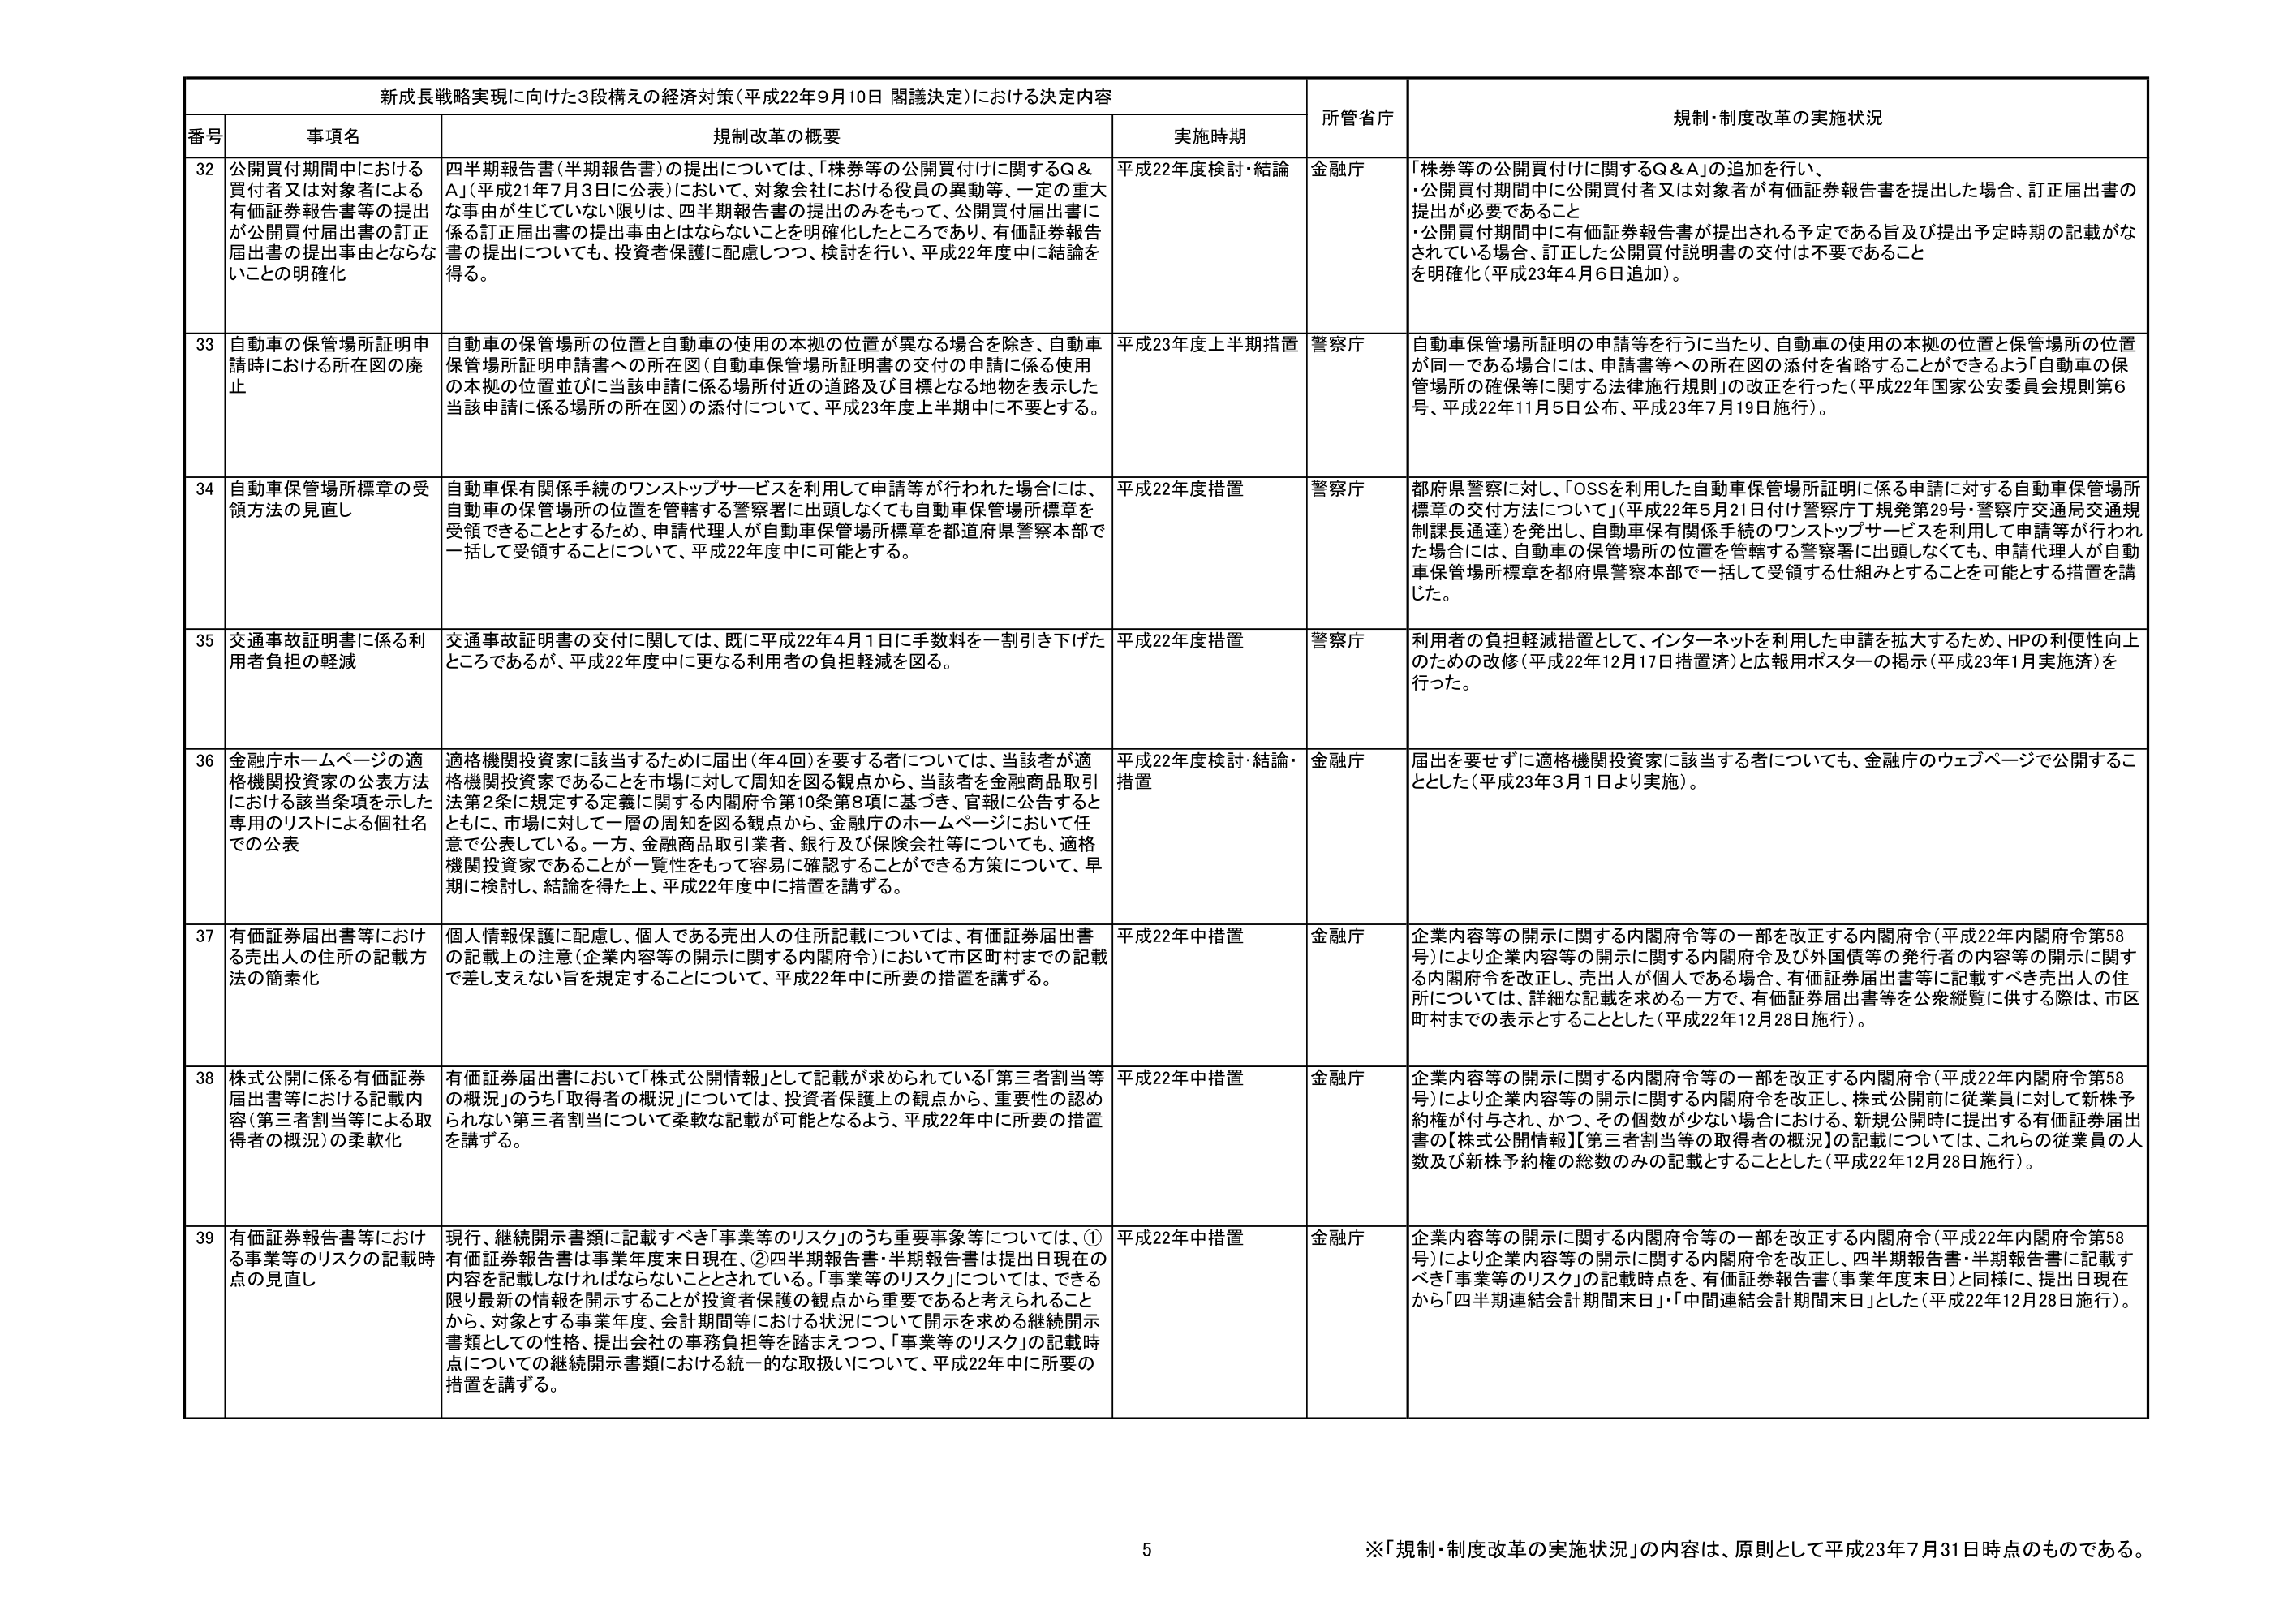
新成長戦略実現に向けた3段構えの経済対策（平成22年9月10日 閣議決定）における決定内容

番号 事項名 規制改革の概要 実施時期 所管省庁 規制・制度改革の実施状況

32 公開買付期間中における買付者又は対象者による有価証券報告書等の提出が公開買付届出書の訂正届出書の提出事由とならないことの明確化 四半期報告書（半期報告書）の提出については、「株券等の公開買付けに関するQ&A」（平成21年7月3日に公表）において、対象会社における役員の異動等、一定の重大な事由が生じていない限りは、四半期報告書の提出のみをもって、公開買付届出書に係る訂正届出書の提出事由とはならないことを明確化したところであり、有価証券報告書の提出についても、投資者保護に配慮しつつ、検討を行い、平成22年度中に結論を得る。 平成22年度検討・結論 金融庁 「株券等の公開買付けに関するQ&A」の追加を行い、・公開買付期間中に公開買付者又は対象者が有価証券報告書を提出した場合、訂正届出書の提出が必要であること・公開買付期間中に有価証券報告書が提出される予定である旨及び提出予定時期の記載がなされている場合、訂正した公開買付説明書の交付は不要であること を明確化（平成23年4月6日追加）。

33 自動車の保管場所証明申請時における所在図の廃止 自動車の保管場所の位置と自動車の使用の本拠の位置が異なる場合を除き、自動車保管場所証明申請書への所在図（自動車保管場所証明書の交付の申請に係る使用の本拠の位置並びに当該申請に係る場所付近の道路及び目標となる地物を表示した当該申請に係る場所の所在図）の添付について、平成23年度上半期中に不要とする。 平成23年度上半期措置 警察庁 自動車保管場所証明の申請等を行うに当たり、自動車の使用の本拠の位置と保管場所の位置が同一である場合には、申請書等への所在図の添付を省略することができるよう「自動車の保管場所の確保等に関する法律施行規則」の改正を行った（平成22年国家公安委員会規則第6号、平成22年11月5日公布、平成23年7月19日施行）。

34 自動車保管場所標章の受領方法の見直し 自動車保有関係手続のワンストップサービスを利用して申請等が行われた場合には、自動車の保管場所の位置を管轄する警察署に出頭しなくても自動車保管場所標章を受領できることとするため、申請代理人が自動車保管場所標章を都道府県警察本部で一括して受領することについて、平成22年度中に可能とする。 平成22年度措置 警察庁 都府県警察に対し、「OSSを利用した自動車保管場所証明に係る申請に対する自動車保管場所標章の交付方法について」（平成22年5月21日付け警察庁丁規発第29号・警察庁交通局交通規制課長通達）を発出し、自動車保有関係手続のワンストップサービスを利用して申請等が行われた場合には、自動車の保管場所の位置を管轄する警察署に出頭しなくても、申請代理人が自動車保管場所標章を都府県警察本部で一括して受領する仕組みとすることを可能とする措置を講じた。

35 交通事故証明書に係る利用者負担の軽減 交通事故証明書の交付に関しては、既に平成22年4月1日に手数料を一割引き下げたところであるが、平成22年度中に更なる利用者の負担軽減を図る。 平成22年度措置 警察庁 利用者の負担軽減措置として、インターネットを利用した申請を拡大するため、HPの利便性向上のための改修（平成22年12月17日措置済）と広報用ポスターの掲示（平成23年1月実施済）を行った。

36 金融庁ホームページの適格機関投資家の公表方法における該当条項を示した専用のリストによる個社名での公表 適格機関投資家に該当するために届出（年4回）を要する者については、当該者が適格機関投資家であることを市場に対して周知を図る観点から、当該者を金融商品取引法第2条に規定する定義に関する内閣府令第10条第8項に基づき、官報に公告するとともに、市場に対して一層の周知を図る観点から、金融庁のホームページにおいて任意で公表している。一方、金融商品取引業者、銀行及び保険会社等についても、適格機関投資家であることが一覧性をもって容易に確認することができる方策について、早期に検討し、結論を得た上、平成22年度中に措置を講ずる。 平成22年度検討・結論・措置 金融庁 届出を要せずに適格機関投資家に該当する者についても、金融庁のウェブページで公開することとした（平成23年3月1日より実施）。

37 有価証券届出書等における売出人の住所の記載方法の簡素化 個人情報保護に配慮し、個人である売出人の住所記載については、有価証券届出書の記載上の注意（企業内容等の開示に関する内閣府令）において市区町村までの記載で差し支えない旨を規定することについて、平成22年中に所要の措置を講ずる。 平成22年中措置 金融庁 企業内容等の開示に関する内閣府令等の一部を改正する内閣府令（平成22年内閣府令第58号）により企業内容等の開示に関する内閣府令及び外国債等の発行者の内容等の開示に関する内閣府令を改正し、売出人が個人である場合、有価証券届出書等に記載すべき売出人の住所については、詳細な記載を求める一方で、有価証券届出書等を公衆閲覧に供する際は、市区町村までの表示とすることとした（平成22年12月28日施行）。

38 株式公開に係る有価証券届出書等における記載内容（第三者割当等による取得者の概況）の柔軟化 有価証券届出書において「株式公開情報」として記載が求められている「第三者割当等の概況」のうち「取得者の概況」については、投資者保護の観点から、重要性の認められない第三者割当について柔軟な記載が可能となるよう、平成22年中に所要の措置を講ずる。 平成22年中措置 金融庁 企業内容等の開示に関する内閣府令等の一部を改正する内閣府令（平成22年内閣府令第58号）により企業内容等の開示に関する内閣府令を改正し、株式公開前に従業員に対して新株予約権が付与され、かつ、その個数が少ない場合における、新規公開時に提出する有価証券届出書の【株式公開情報】【第三者割当等の取得者の概況】の記載については、これらの従業員の人数及び新株予約権の総数のみの記載とすることとした（平成22年12月28日施行）。

39 有価証券報告書等における事業等のリスクの記載時点の見直し 現行、継続開示書類に記載すべき「事業等のリスク」のうち重要事象等については、①有価証券報告書は事業年度末日現在、②四半期報告書・半期報告書は提出日現在の内容を記載しなければならないこととされている。「事業等のリスク」については、できる限り最新の情報を開示することが投資者保護の観点から重要であると考えられることから、対象とする事業年度、会計期間等における状況について開示を求める継続開示書類としての性格、提出会社の事務負担等を踏まえつつ、「事業等のリスク」の記載時点についての継続開示書類における統一的な取扱いについて、平成22年中に所要の措置を講ずる。 平成22年中措置 金融庁 企業内容等の開示に関する内閣府令等の一部を改正する内閣府令（平成22年内閣府令第58号）により企業内容等の開示に関する内閣府令を改正し、四半期報告書・半期報告書に記載すべき「事業等のリスク」の記載時点を、有価証券報告書（事業年度末日）と同様に、提出日現在から「四半期連結会計期間末日」・「中間連結会計期間末日」とした（平成22年12月28日施行）。

※「規制・制度改革の実施状況」の内容は、原則として平成23年7月31日時点のものである。

5